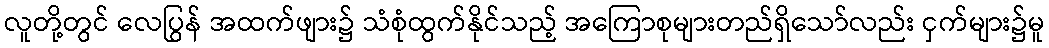
လူတို့တွင် လေပြွန် အထက်ဖျား၌ သံစုံထွက်နိုင်သည့် အကြောစုများတည်ရှိသော်လည်း ငှက်များ၌မူ